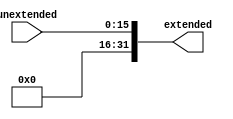
`timescale 1ns / 1ps

module ZeroExt(
    input [15:0] unextended,
    output reg [31:0] extended);

    always @ (unextended) begin
        extended = {16'b0, unextended};
    end
endmodule